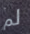
لم